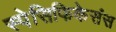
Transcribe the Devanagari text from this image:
स्पेसिफिकेसंस